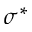
\sigma ^ { * }